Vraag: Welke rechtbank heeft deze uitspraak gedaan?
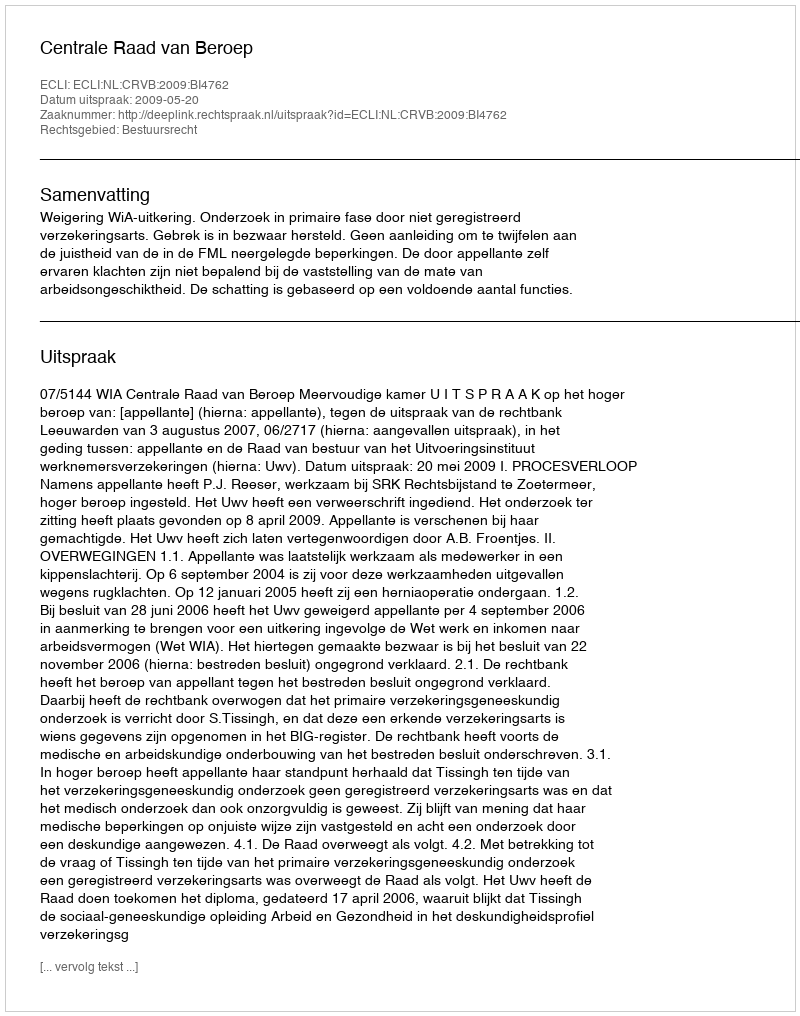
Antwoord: Centrale Raad van Beroep